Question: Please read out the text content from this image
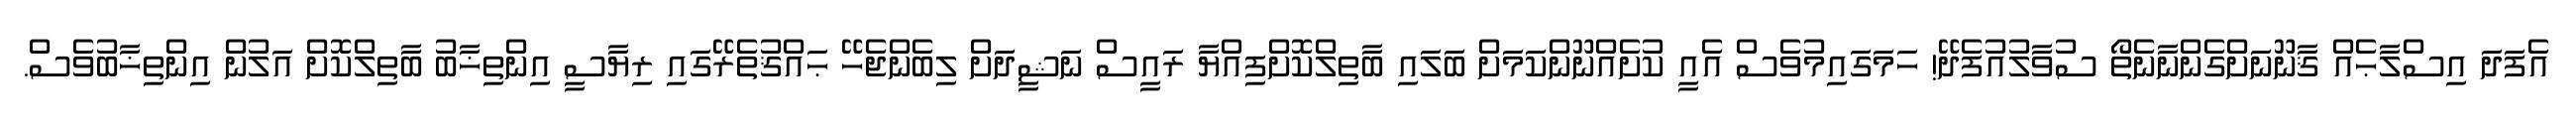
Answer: އެފަދަ އިސްލާޙެއް ޤާނޫނަށްގެންނާނެތޯ ސުވާލުއުފެދޭ! ހަމަގައިމުވެސް އެއީ ކުށެއްނޫންކަމަށް ބަލައި ބާތިލްކޮށްފިއްޔާ ރައީސް ނަޝީދަށް ލިބެންޖެހޭ ޙައްޤުތެރޭގައި ރިޔާސީ އިންތިޚާބު ބާތިލްކޮށް އަލުން އިންތިޚާބުވެސް.